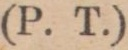
(P. T.)